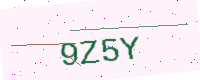
Text: 9Z5Y